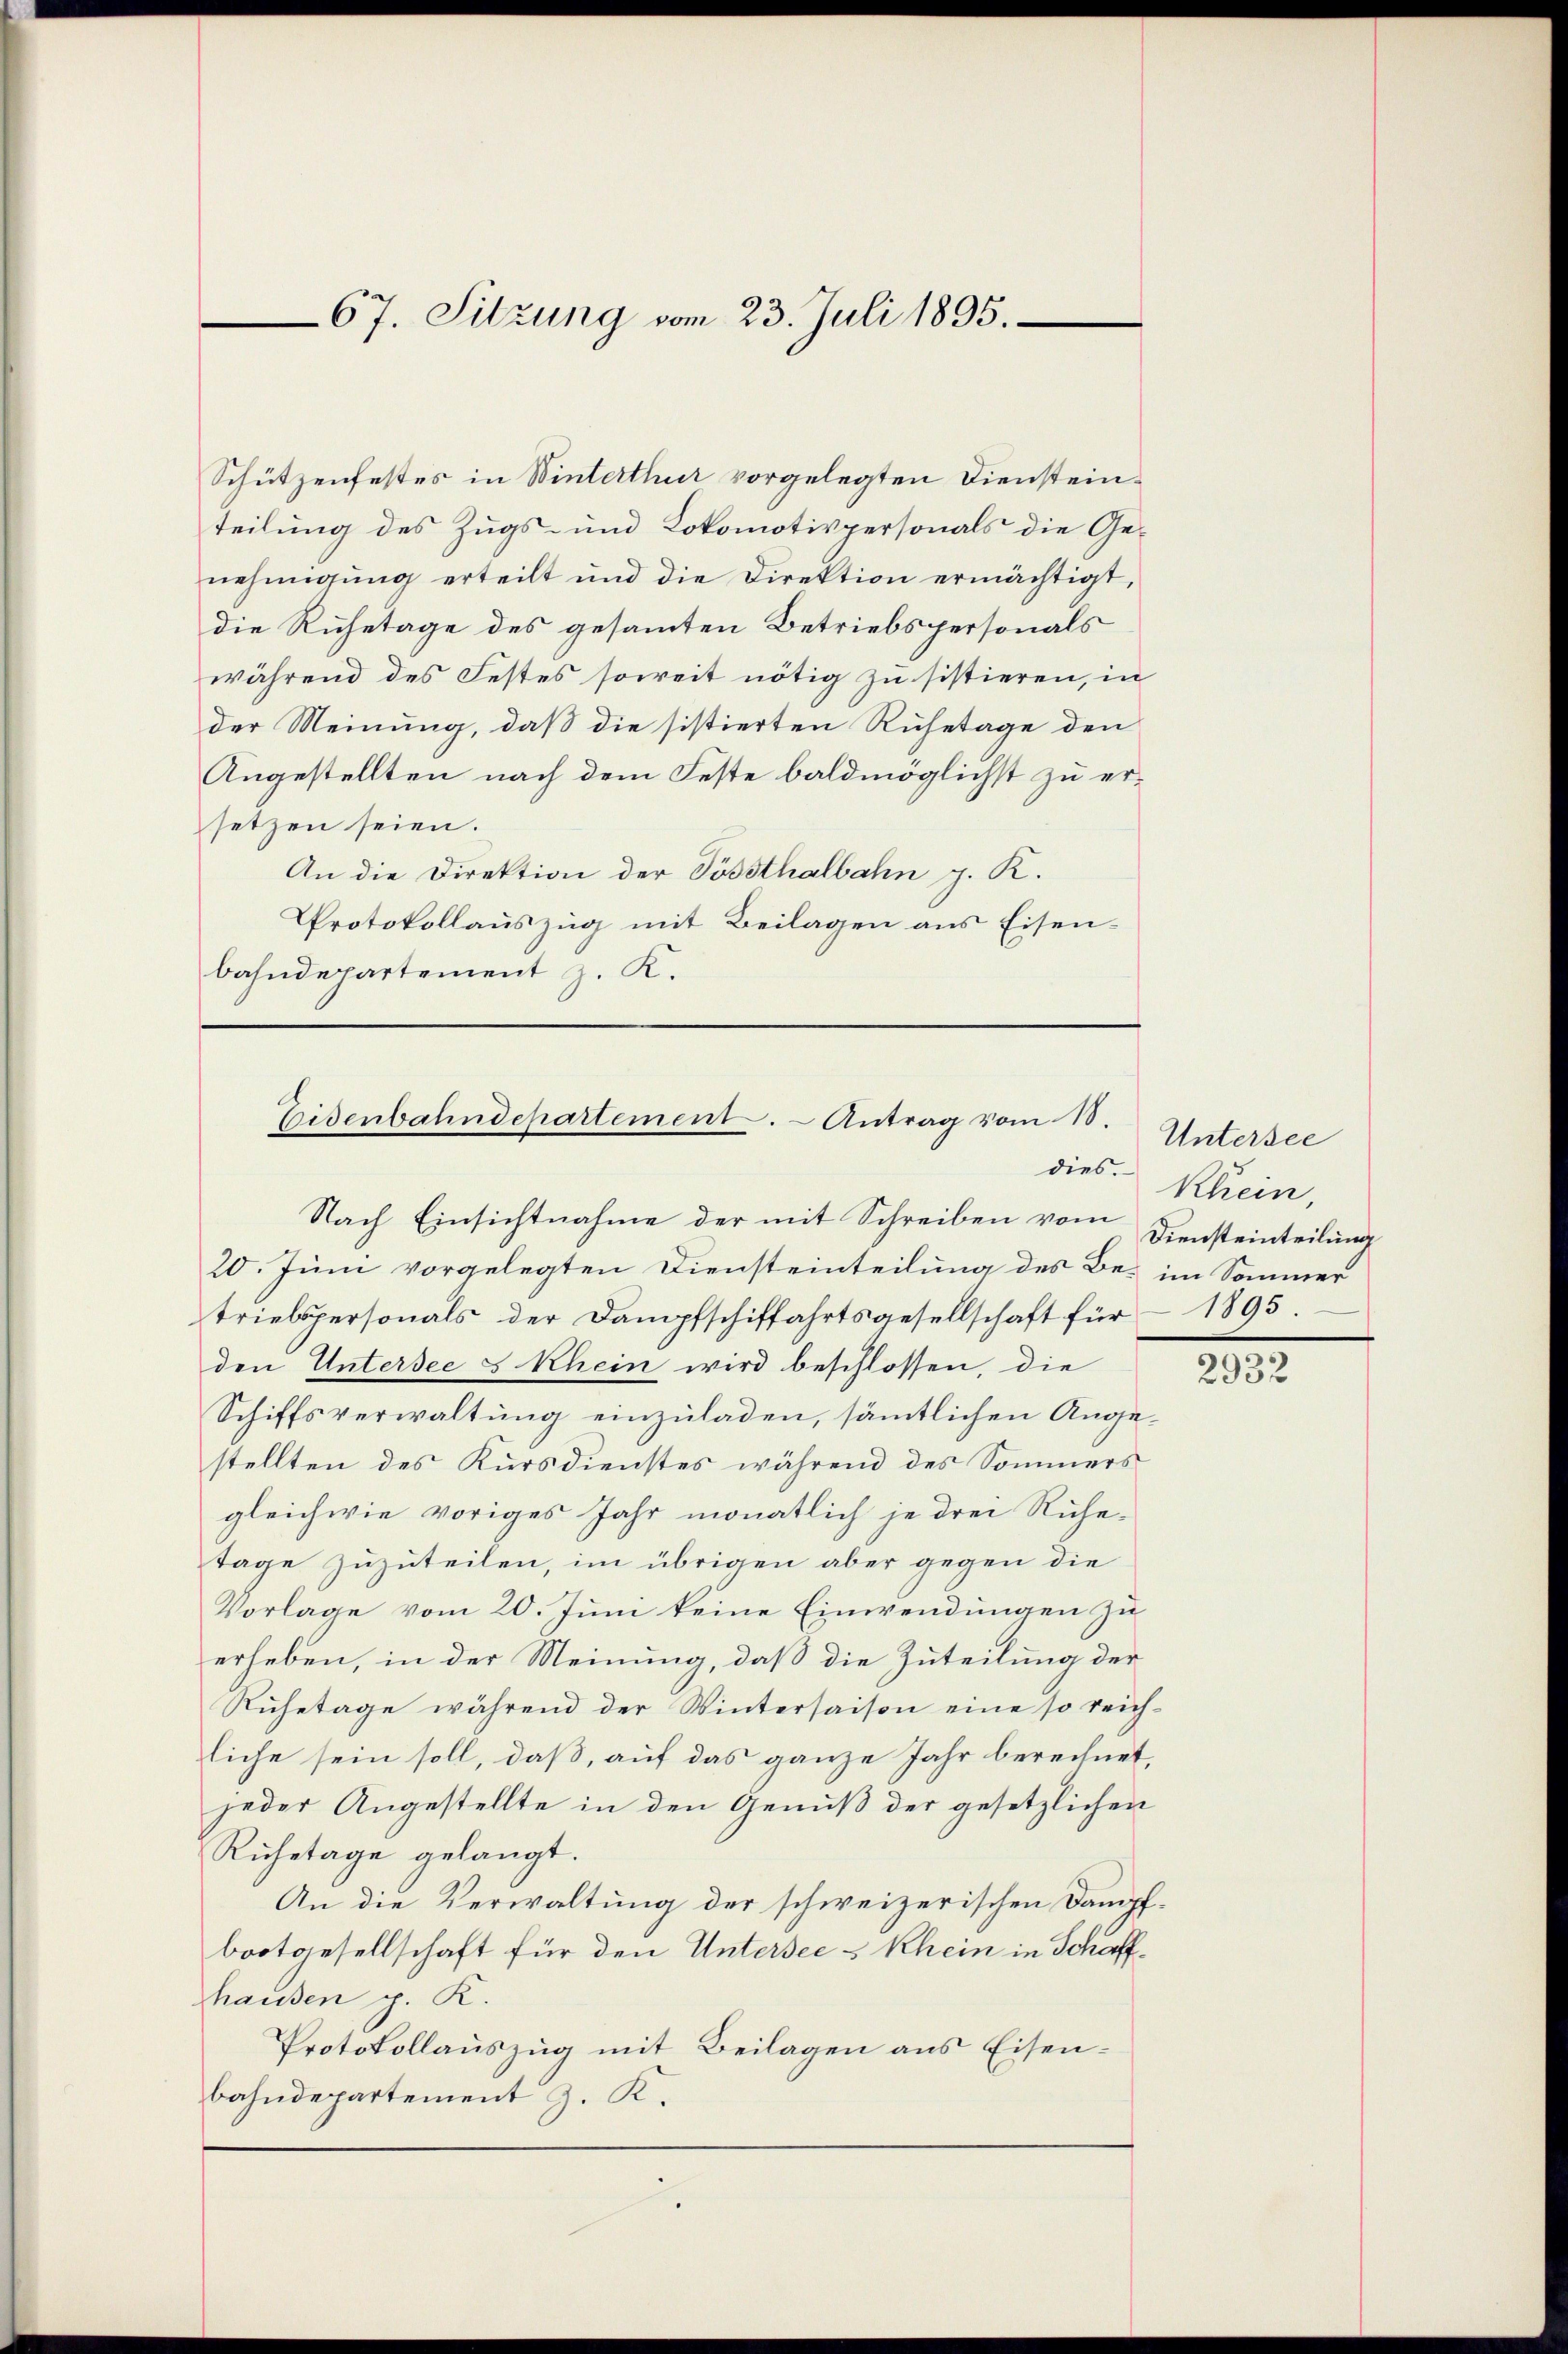
67. Sitzung vom 23. Juli 1895.

Schützenfestes in Winterthur vorgelegten Diensteinteilung des Zugs- und Lokomotivpersonals die Genehmigung erteilt und die Direktion ermächtigt,
die Ruhetage des gesammten Betriebspersonals
während des Festes soweit nötig zu sistieren, in
der Meinung, daß die sistierten Ruhetage den
Angestellten nach dem Feste baldmöglichst zu ersetzen seien.
An die Direktion der Possthalbahn g. K.
Protokollauszug mit Beilagen aus Eisenbahndepartement z. K.

Eisenbahndepartement. - Antrag vom 18.
dies.

Nach Einsichtnahme der mit Schreiben vom Diensteinteilung
20. Juni vorgelegten Diensteinteilung des Bei im Sommer
triebspersonals der Dampfschiffahrtsgesellschaft für 1893.
den Untersee s Rhein wird beschlossen, die
Schiffsverwaltung einzuladen, sämmtlichen Angestellten des Kursdienstes während des Sommers
gleichwie voriges Jahr monatlich je drei Ruhetage zuzuteilen, im übrigen aber gegen die
Vorlage vom 20. Juni keine Einwendungen zu
erheben, in der Meinung, daß die Zuteilung der
Ruhetage während der Wintersaison eine so reichliche sein soll, daß, auf das ganze Jahr berechnet,
jeder Angestellte in den Genuß der gesetzlichen
Ruhetage gelangt.
An die Verwaltung der schweizerischen Dampfbootgesellschaft für den Untersee - Rhein in Schaffhausen p. R.
Protokollauszug mit Beilagen aus Eisenbahndepartement J. K.

Untersee
Rhein,

2932